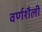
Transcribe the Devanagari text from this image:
वर्णशैली